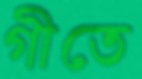
গীতে